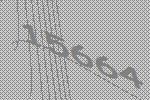
15664